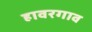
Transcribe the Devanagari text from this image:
हावरगाव